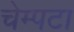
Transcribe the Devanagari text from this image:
चेम्पटा